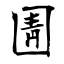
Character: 圊